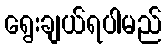
ရွေးချယ်ရပါမည်